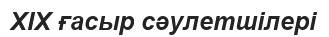
XIX ғасыр сәулетшілері